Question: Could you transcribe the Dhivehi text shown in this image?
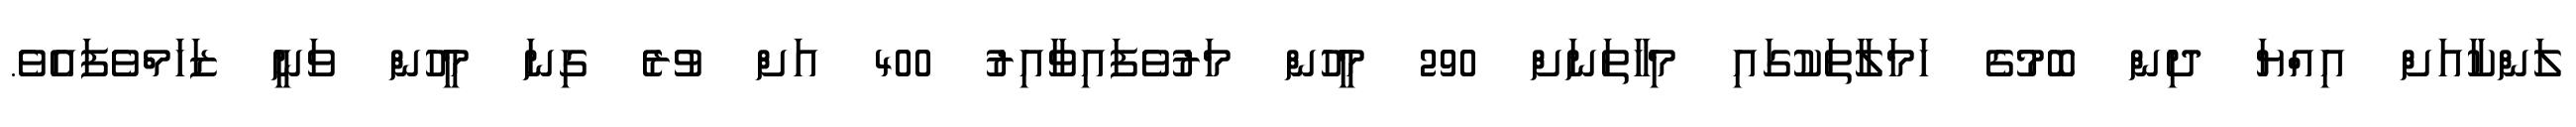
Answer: ލަންކާއަށް އިއްޔަ ދިން ބޮމުގެ ހަމަލާތަކުގައި މިހާތަނަށް 290 މީހުން މަރުވެފައިވާއިރު 400 އަށް ވުރެ ގިނަ މީހުން ވަނީ ޒަހަމްވެފައެވެ.